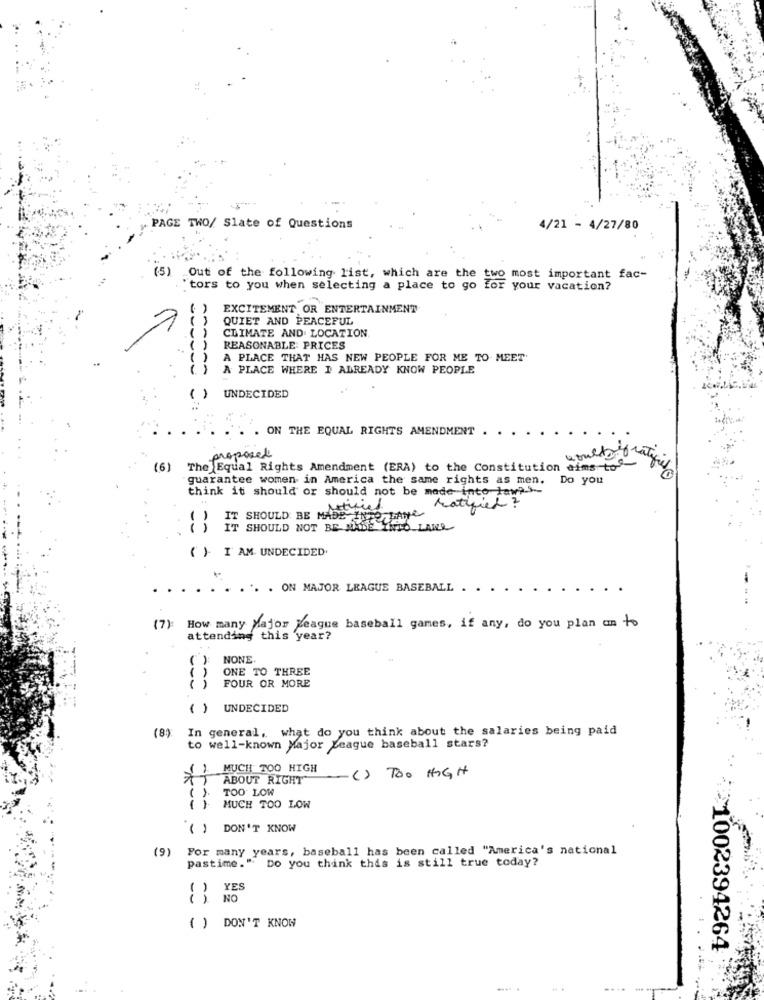
PAGE TWO/ Slate of Questions
4/21 - 4/27/80
(5) Out of the following list, which are the
two most important fac-
"tors to you when selecting a place to go
for your vacation?
EXCITEMENT OR ENTERTAINMENT
QUIET AND PEACEFUL
CLIMATE AND LOCATION
REASONABLE PRICES
A PLACE THAT HAS NEW PEOPLE FOR ME TO MEET'
A PLACE WHERE I ALREADY KNOW PEOPLE
()
UNDECIDED
ON THE EQUAL RIGHTS AMENDMENT
proposed
(6)
The Equal Rights Amendment (ERA) to the Constitution aims to"
guarantee women in America the same rights as men. Do you
think it should or should not be made into law ?---
ratified ?
IT SHOULD BE MADE INFORLANC
IT SHOULD NOT BE MADE INTO LAWR
( ). I AM UNDECIDED.
.. . ON MAJOR LEAGUE BASEBALL . .
(7)
How many Major League baseball games, if any, do you plan an to
attending this year?
NONE.
ONE TO THREE
( )
FOUR OR MORE
( ) UNDECIDED
(8))
In general, what do you think about the salaries being paid
to well-known Major League baseball stars?
MUCH TOO HIGH
ABOUT RIGHT
( ) Too HIGH
().
TOO LOW
MUCH TOO LOW
( ) DON'T KNOW
(9)
For many years, baseball has been called "America's national
pastime." Do you think this is still true today?
YES
NO
( ) DON'T KNOW
1002394264
....